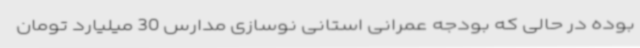
بوده در حالی که بودجه عمرانی استانی نوسازی مدارس 30 میلیارد تومان